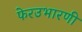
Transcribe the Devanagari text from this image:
फेरउभारणी